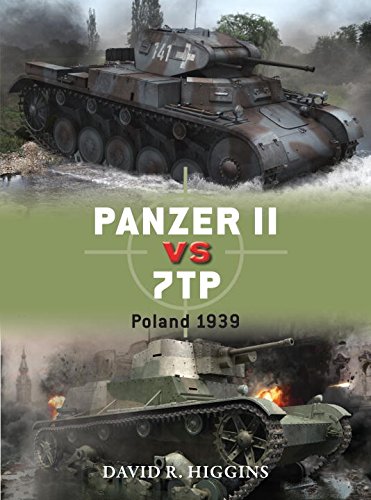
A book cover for Panzer II vs 7TP: Poland 1939 (Duel); David R. Higgins; History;